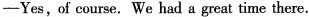
—Yes,of course. We had a great time there.